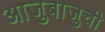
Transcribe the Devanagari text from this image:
आजुबाजुची